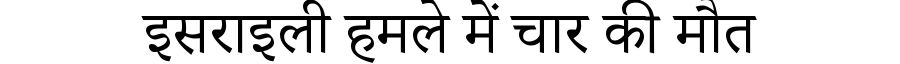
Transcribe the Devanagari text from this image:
इसराइली हमले में चार की मौत